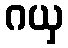
ဂယှ